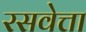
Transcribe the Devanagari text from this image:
रसवेत्ता